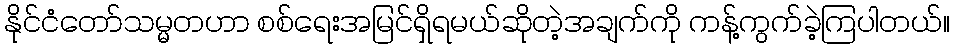
နိုင်ငံတော်သမ္မတဟာ စစ်ရေးအမြင်ရှိရမယ်ဆိုတဲ့အချက်ကို ကန့်ကွက်ခဲ့ကြပါတယ်။